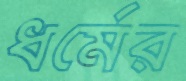
ধর্মের